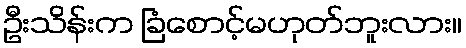
ဦးသိန်းက ခြံစောင့်မဟုတ်ဘူးလား။